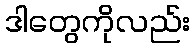
ဒါတွေကိုလည်း